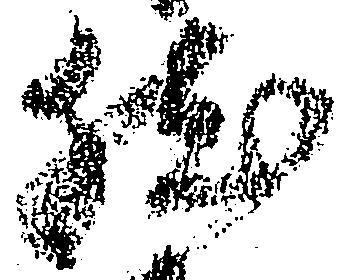
然